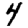
Digit: 4